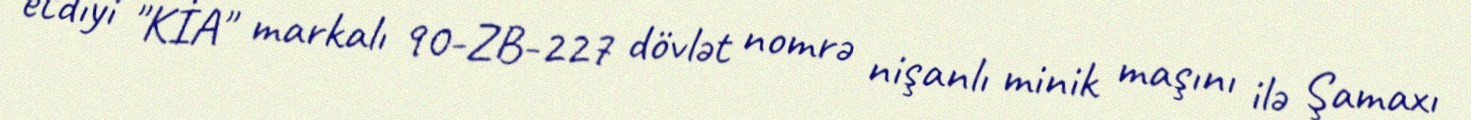
etdiyi "KİA" markalı 90-ZB-227 dövlət nomrə nişanlı minik maşını ilə Şamaxı